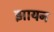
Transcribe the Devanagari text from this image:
झायन